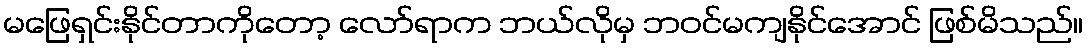
မဖြေရှင်းနိုင်တာကိုတော့ လော်ရာက ဘယ်လိုမှ ဘဝင်မကျနိုင်အောင် ဖြစ်မိသည်။